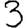
Digit: 3